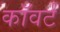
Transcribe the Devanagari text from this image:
कॉवर्ट